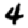
Digit: 4